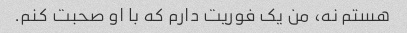
هستم نه، من یک فوریت دارم که با او صحبت کنم.